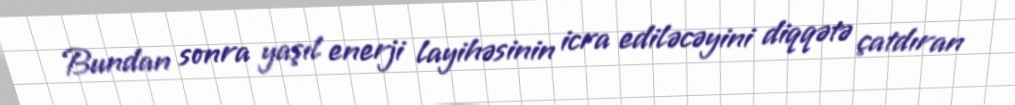
Bundan sonra yaşıl enerji layihəsinin icra ediləcəyini diqqətə çatdıran